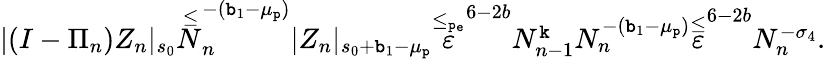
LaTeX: \begin{array}{r}{|(I-\Pi_{n})Z_{n}|_{s_{0}}\overset\le N_{n}^{-(\mathtt{b}_{1}-\mu_{\mathtt{p}})}|Z_{n}|_{s_{0}+\mathtt{b}_{1}-\mu_{\mathtt{p}}}\overset{\le_{\mathtt{p_{e}}}}\varepsilon^{6-2b}N_{n-1}^{\mathtt{k}}N_{n}^{-(\mathtt{b}_{1}-\mu_{\mathtt{p}})}\overset\le\varepsilon^{6-2b}N_{n}^{-\sigma_{4}}.}\end{array}